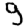
Digit: 9